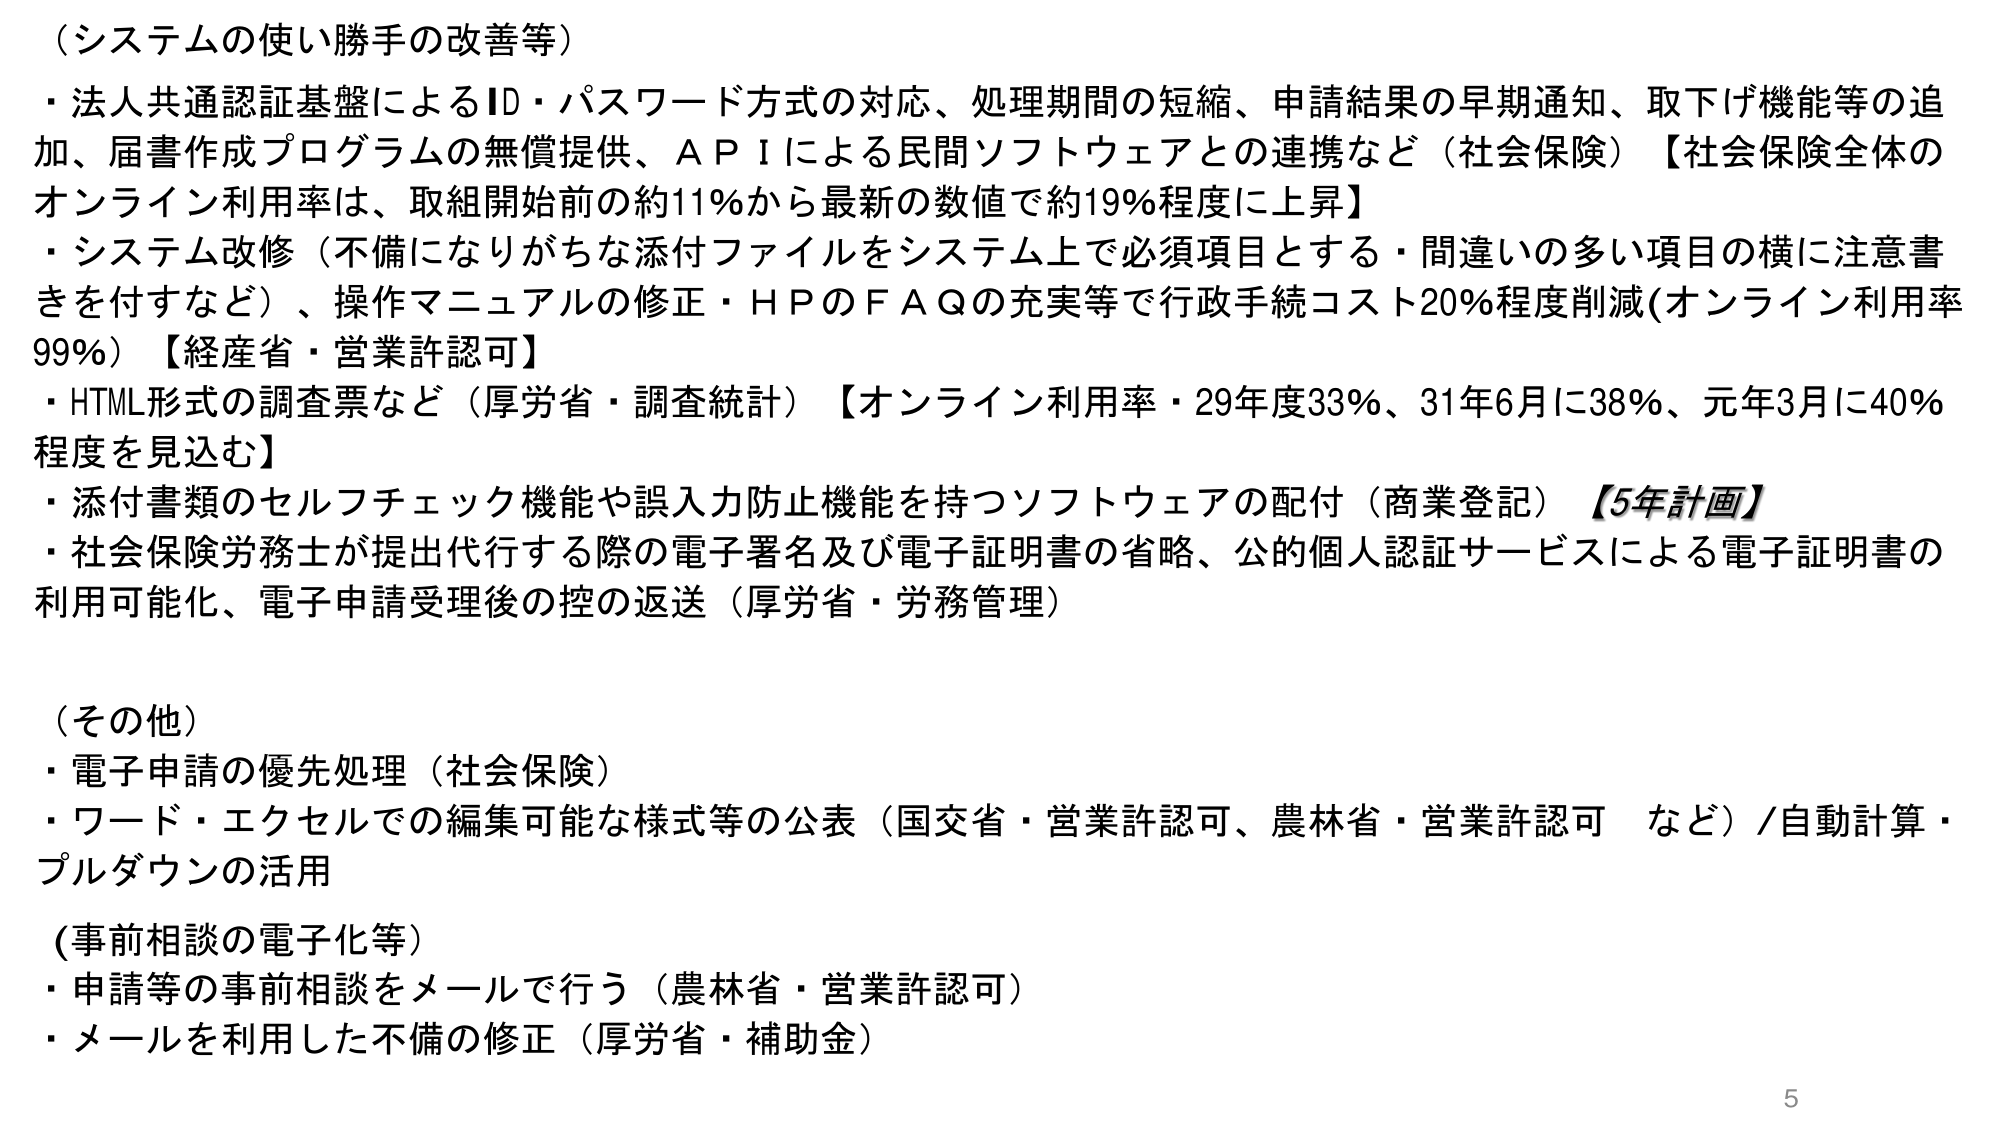
（システムの使い勝手の改善等）
・法人共通認証基盤によるID・パスワード方式の対応、処理期間の短縮、申請結果の早期通知、取下げ機能等の追加、届書作成プログラムの無償提供、ＡＰＩによる民間ソフトウェアとの連携など（社会保険）【社会保険全体のオンライン利用率は、取組開始前の約11％から最新の数値で約19％程度に上昇】
・システム改修（不備になりがちな添付ファイルをシステム上で必須項目とする・間違いの多い項目の横に注意書きを付すなど）、操作マニュアルの修正・ＨＰのＦＡＱの充実等で行政手続コスト20％程度削減(オンライン利用率99％)【経産省・営業許認可】
・HTML形式の調査票など（厚労省・調査統計）【オンライン利用率・29年度33％、31年6月に38％、元年3月に40％程度を見込む】
・添付書類のセルフチェック機能や誤入力防止機能を持つソフトウェアの配付（商業登記）【5年計画】
・社会保険労務士が提出代行する際の電子署名及び電子証明書の省略、公的個人認証サービスによる電子証明書の利用可能化、電子申請受理後の控の返送（厚労省・労務管理）

（その他）
・電子申請の優先処理（社会保険）
・ワード・エクセルでの編集可能な様式等の公表（国交省・営業許認可、農林省・営業許認可 など）/自動計算・プルダウンの活用

（事前相談の電子化等）
・申請等の事前相談をメールで行う（農林省・営業許認可）
・メールを利用した不備の修正（厚労省・補助金）

5